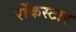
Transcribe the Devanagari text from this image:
रोंकस्टार